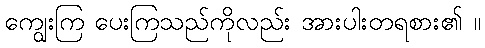
ကျွေးကြ ပေးကြသည်ကိုလည်း အားပါးတရစား၏ ။